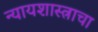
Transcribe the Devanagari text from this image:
न्यायशास्त्राचा